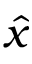
\hat { x }